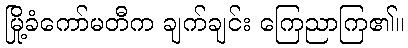
မြို့ခံကော်မတီက ချက်ချင်း ကြေညာကြ၏။